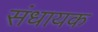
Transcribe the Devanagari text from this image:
संधायक